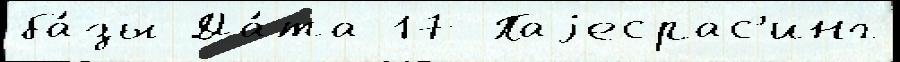
ба́зы Да́та 17 Паjесрас'инг